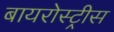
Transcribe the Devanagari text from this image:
बायरोस्ट्रीस